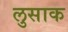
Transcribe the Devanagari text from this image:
लुसाक